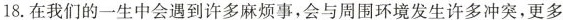
18.在我们的一生中会遇到许多麻烦事，会与周围环境发生许多冲突，更多